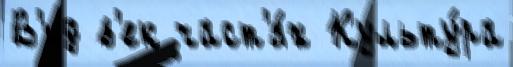
В'ид в'ек част'я́х Культу́ра